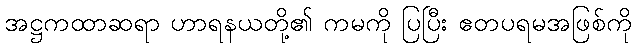
အဋ္ဌကထာဆရာ ဟာရနယတို့၏ ကမကို ပြပြီး ဧတပရမအဖြစ်ကို